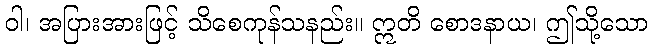
ဝါ၊ အပြားအားဖြင့် သိစေကုန်သနည်း။ ဣတိ စောဒနာယ၊ ဤသို့သော